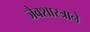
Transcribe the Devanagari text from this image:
जैवशास्त्राने